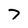
Character: 7